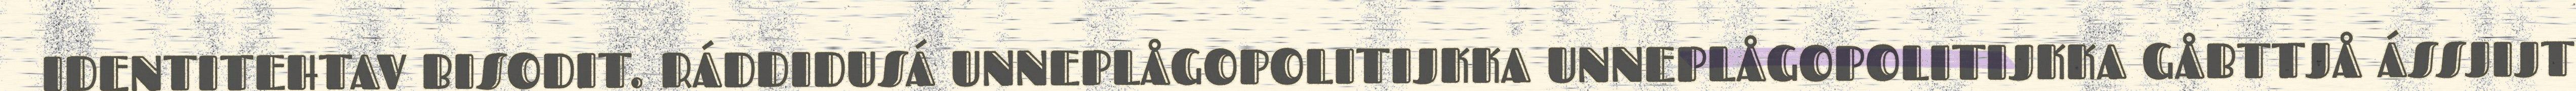
IDENTITEHTAV BISODIT. RÁDDIDUSÁ UNNEPLÅGOPOLITIJKKA UNNEPLÅGOPOLITIJKKA GÅBTTJÅ ÁSSJIJT